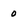
Character: 0